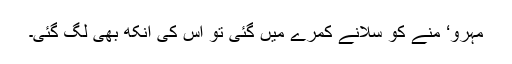
مہرو‘ منے کو سلانے کمرے میں گئی تو اس کی آنکھ بھی لگ گئی۔